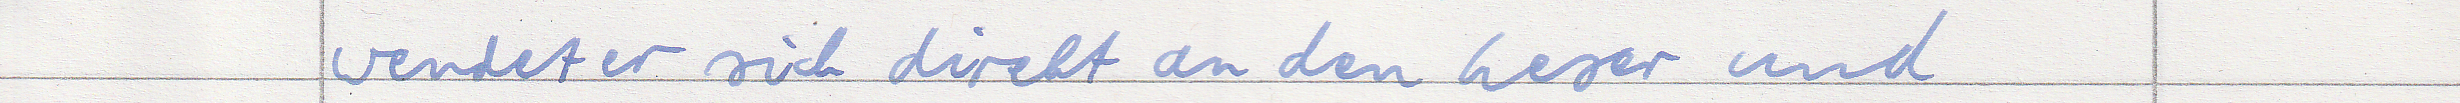
wendet er sich direkt an den Leser und